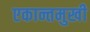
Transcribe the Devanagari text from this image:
एकान्तमुखी